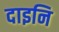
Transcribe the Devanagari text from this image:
दाइनि